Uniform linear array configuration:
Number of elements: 24
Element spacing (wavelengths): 0.75
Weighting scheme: blackman
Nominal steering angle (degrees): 0
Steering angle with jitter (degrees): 1.518
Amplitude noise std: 0.05
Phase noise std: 0.05

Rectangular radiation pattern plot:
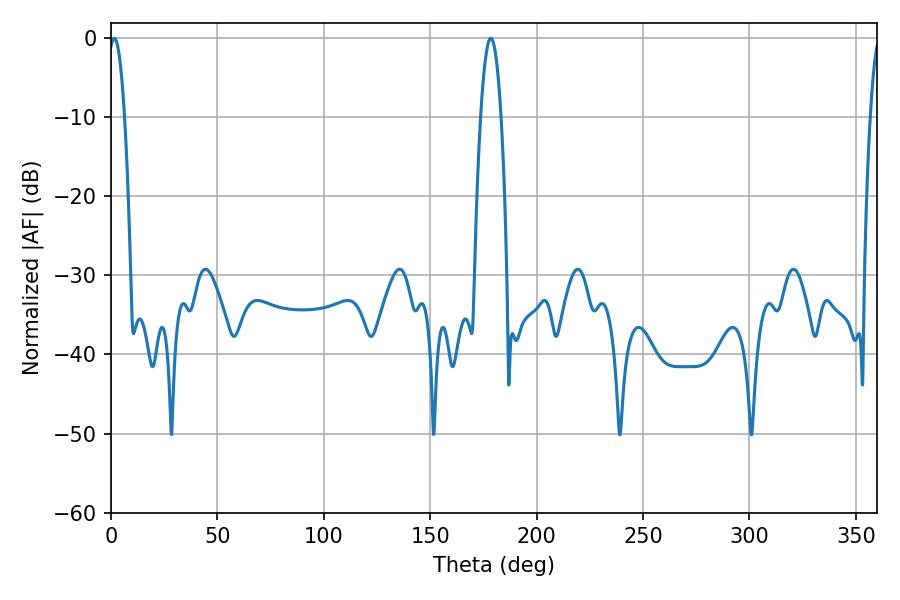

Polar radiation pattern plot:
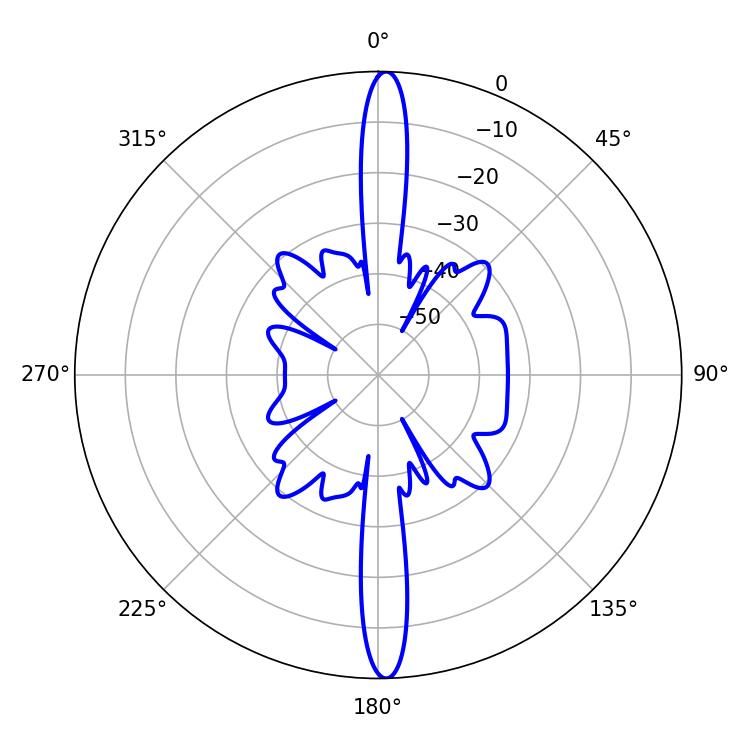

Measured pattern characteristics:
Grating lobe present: TRUE
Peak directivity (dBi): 25.506
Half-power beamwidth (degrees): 4.14
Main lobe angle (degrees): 1.62